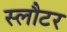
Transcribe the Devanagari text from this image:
स्लौटर